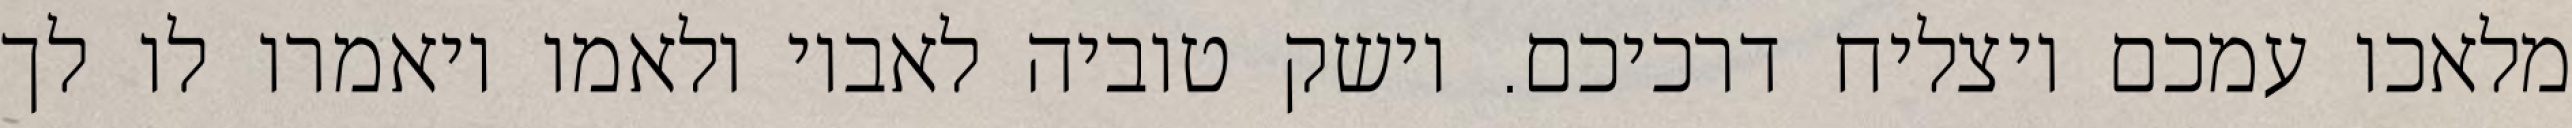
מלאכו עמכם ויצליח דרכיכם. וישק טוביה לאביו ולאמו ויאמרו לו לך